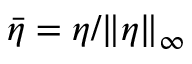
\bar { \eta } = \eta / \| \eta \| _ { \infty }